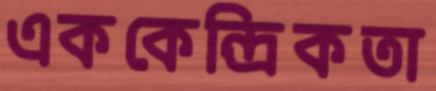
এককেন্দ্রিকতা